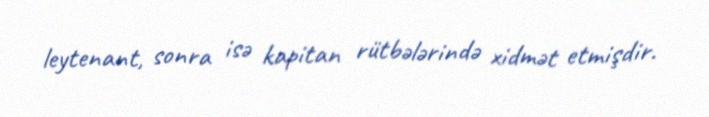
leytenant, sonra isə kapitan rütbələrində xidmət etmişdir.